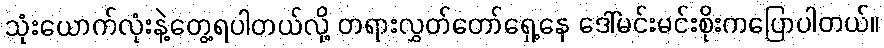
သုံးယောက်လုံးနဲ့တွေ့ရပါတယ်လို့ တရားလွှတ်တော်ရှေ့နေ ဒေါ်မင်းမင်းစိုးကပြောပါတယ်။